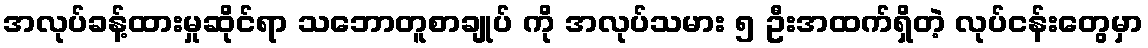
အလုပ်ခန့်ထားမှုဆိုင်ရာ သဘောတူစာချုပ် ကို အလုပ်သမား ၅ ဦးအထက်ရှိတဲ့ လုပ်ငန်းတွေမှာ